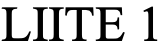
LIITE 1